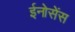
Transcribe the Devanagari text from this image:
ईनोसेंस